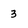
Character: 3